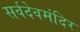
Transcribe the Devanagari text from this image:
सर्वदेवमंदिर